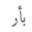
بأر